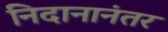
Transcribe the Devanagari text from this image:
निदानानंतर